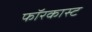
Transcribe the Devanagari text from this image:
फॉरकास्ट